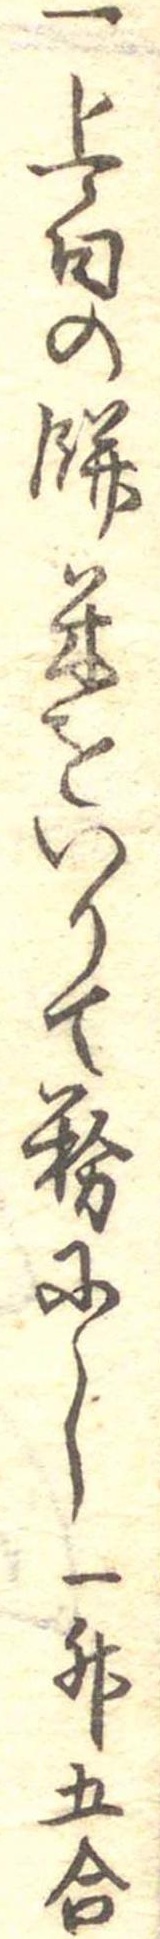
一上白の餅米をいりて粉にし一升五合